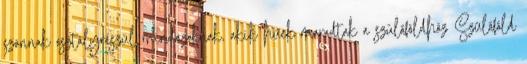
szánnak osztályrészül mindazoknak, akik hűek maradtak a szülőföldhöz Szülőföld